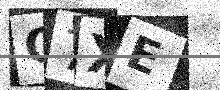
Text: Q7XE